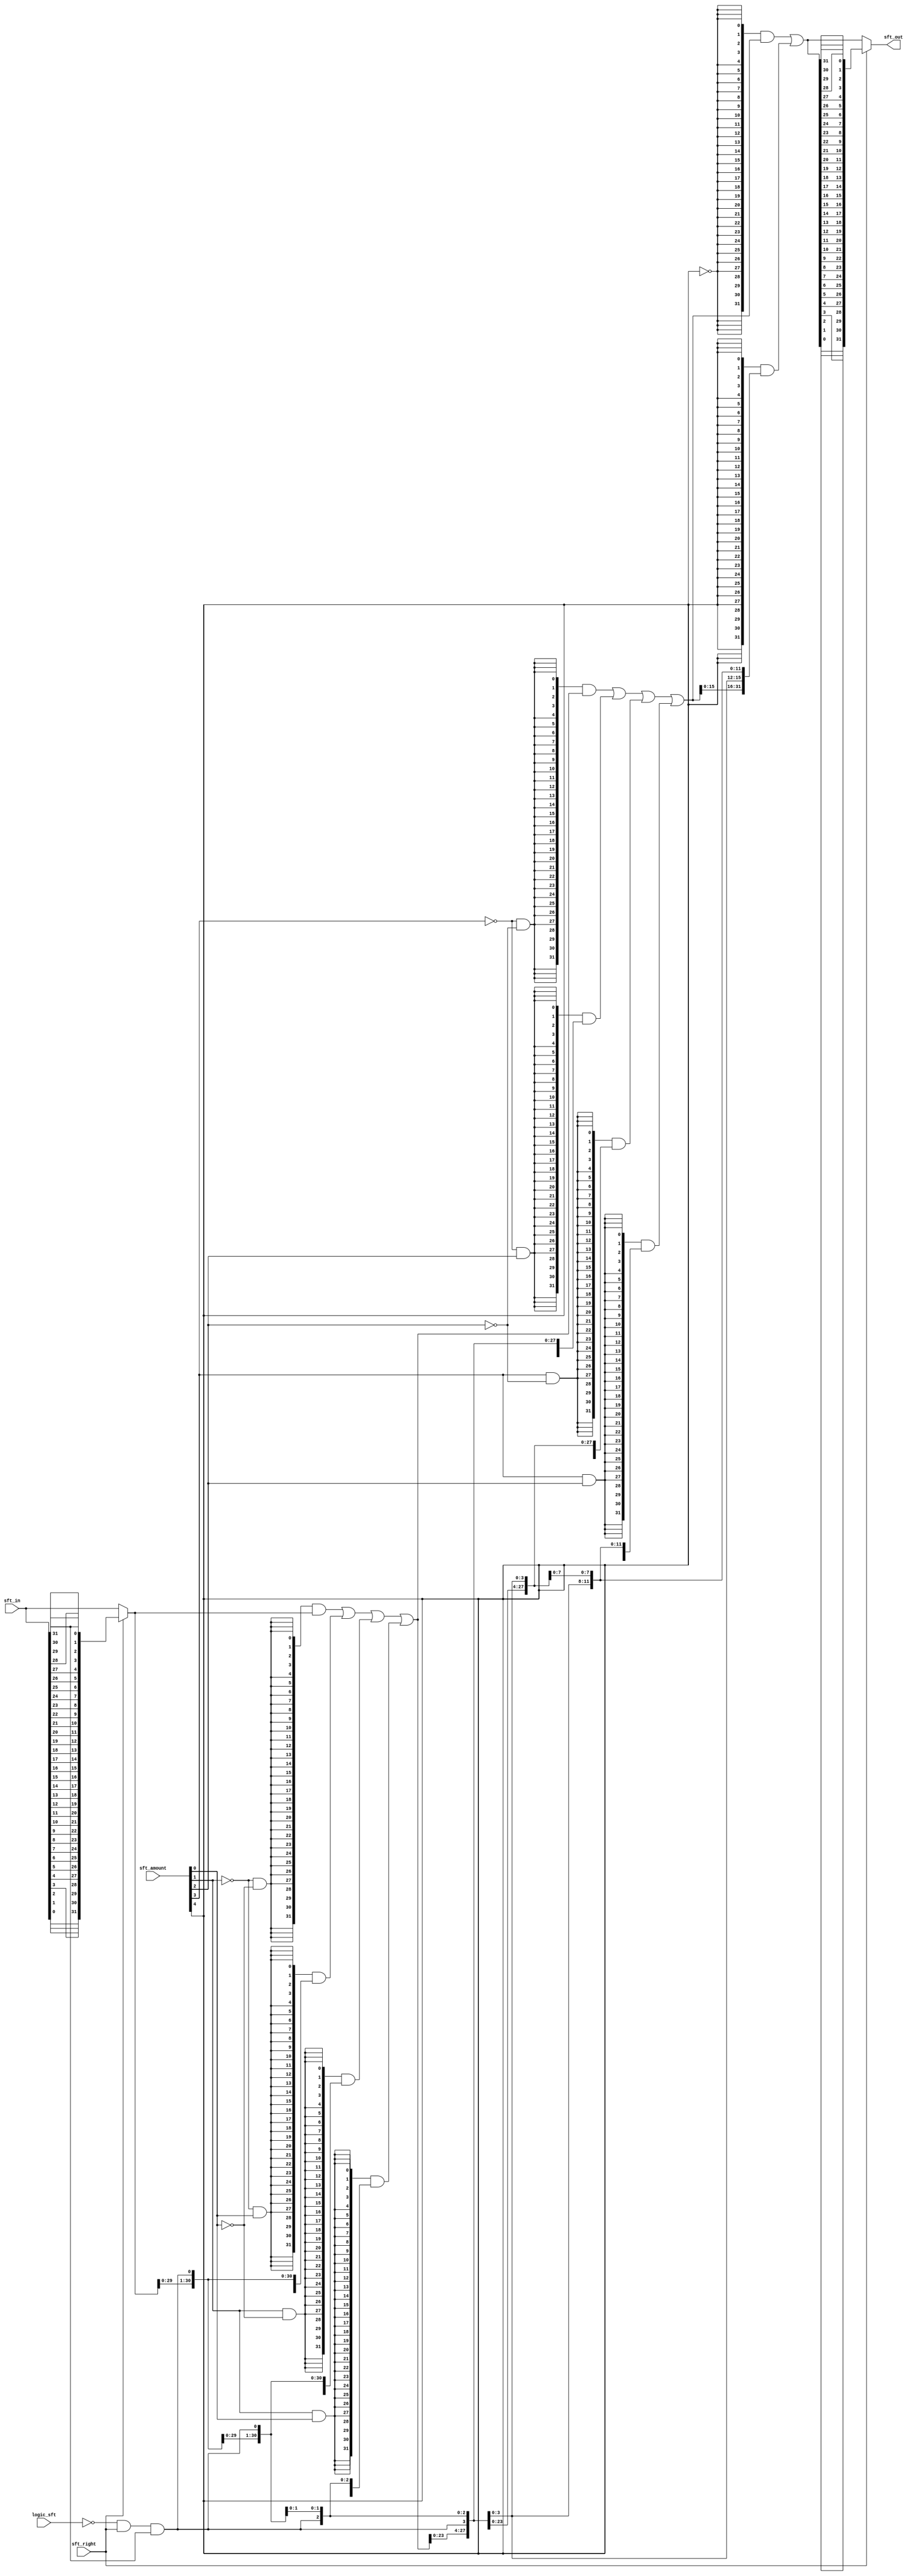
module barrel_sft(
                 sft_in,
                 sft_amount, sft_right, logic_sft,
                 sft_out
                 );

input [31:0] sft_in;
input [4:0] sft_amount;
input sft_right, logic_sft;
output [31:0] sft_out;
//-------------------------
wire [31:0] sft_out, swap_out;
wire [31:0] sft_out1, sft_out2, sft_out3;
wire [4:0] sfl_cnt;
wire sign_x, sft_right;
//#################################
assign sfl_cnt = sft_amount;
// sign extension for arithmetic shift right
assign sign_x = ~logic_sft & sft_right & sft_in[31];
//--------------------------------
// data input swap        
assign swap_out = sft_right ? {sft_in[0], sft_in[1], sft_in[2], sft_in[3], sft_in[4], sft_in[5], sft_in[6], sft_in[7],
                               sft_in[8], sft_in[9],sft_in[10],sft_in[11],sft_in[12],sft_in[13],sft_in[14],sft_in[15],
                               sft_in[16],sft_in[17],sft_in[18],sft_in[19],sft_in[20],sft_in[21],sft_in[22],sft_in[23],
                               sft_in[24],sft_in[25],sft_in[26],sft_in[27],sft_in[28],sft_in[29],sft_in[30],sft_in[31]} 
                               : sft_in;
//------------------------------------------
// shift "left" body
// shift 1 by 1 with Shift count b0,b1
assign sft_out1 = ({32{~sfl_cnt[1] & ~sfl_cnt[0]}} & swap_out) | // shift 0
                  ({32{~sfl_cnt[1] &  sfl_cnt[0]}} & {swap_out[30:0], sign_x}) | // shift by 1
                  ({32{ sfl_cnt[1] & ~sfl_cnt[0]}} & {swap_out[29:0], {2{sign_x}}}) | // shift by 2
                  ({32{ sfl_cnt[1] &  sfl_cnt[0]}} & {swap_out[28:0], {3{sign_x}}});  // shift by 3
//----------------------------------------------------------------------
// Shift 4 by 4 with shif count b2,b3
assign sft_out2 = ({32{~sfl_cnt[3] & ~sfl_cnt[2]}} &  sft_out1) | // shift by 0
                  ({32{~sfl_cnt[3] &  sfl_cnt[2]}} & {sft_out1[27:0], {4{sign_x}}}) | // shift by 4
                  ({32{ sfl_cnt[3] & ~sfl_cnt[2]}} & {sft_out1[23:0], {8{sign_x}}}) | // shift by 8
                  ({32{ sfl_cnt[3] &  sfl_cnt[2]}} & {sft_out1[19:0], {12{sign_x}}}); // shift by 12 
//----------------------------------------------------------
// Shift 16 with shift count b4
assign sft_out3 = ({32{~sfl_cnt[4]}} &  sft_out2) |  // shift by 0
                  ({32{ sfl_cnt[4]}} & {sft_out2[15:0], {16{sign_x}}}); // shif by 16
//-----------------------------------------------
// data output swap                                         
assign sft_out = sft_right ? {sft_out3[0], sft_out3[1], sft_out3[2], sft_out3[3], sft_out3[4], sft_out3[5], sft_out3[6], sft_out3[7],
                              sft_out3[8], sft_out3[9],sft_out3[10],sft_out3[11],sft_out3[12],sft_out3[13],sft_out3[14],sft_out3[15],
                              sft_out3[16],sft_out3[17],sft_out3[18],sft_out3[19],sft_out3[20],sft_out3[21],sft_out3[22],sft_out3[23],
                              sft_out3[24],sft_out3[25],sft_out3[26],sft_out3[27],sft_out3[28],sft_out3[29],sft_out3[30],sft_out3[31]} 
                              : sft_out3[31:0];

endmodule